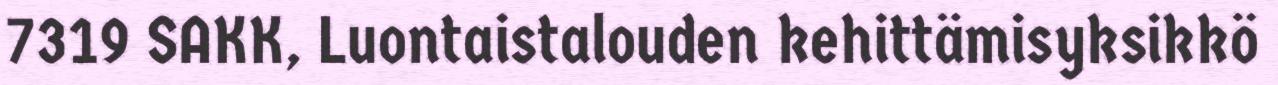
7319 SAKK, Luontaistalouden kehittämisyksikkö